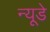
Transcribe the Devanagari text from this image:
न्यूडे